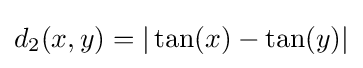
d_{2}(x,y)=|\tan(x)-\tan(y)|